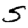
Digit: 5